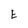
Character: E